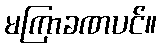
မကြာခဏပင်။